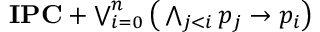
\textstyle \mathbf { I P C } + \bigvee _ { i = 0 } ^ { n } { \bigl ( } \bigwedge _ { j < i } p _ { j } \to p _ { i } { \bigr ) }